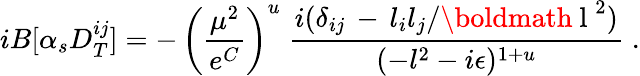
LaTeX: iB[\alpha_{s}D_{T}^{ij}]=-\, \left({\frac{\mu^{2}}{e^{C}}}\right)^{u}\; {\frac{i(\delta_{ij}\, -\, l_{i}l_{j}/\mathrm{\boldmath~l~}^{2})}{(-l^{2}-i\epsilon)^{1+u}}}\; .